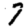
Digit: 7